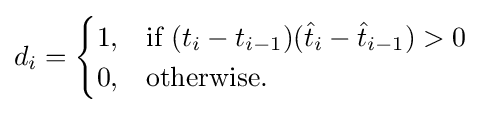
d_{i}={\begin{cases}1,&{\text{if }}(t_{i}-t_{i-1})({\hat {t}}_{i}-{\hat {t}}_{i-1})>0\\0,&{\text{otherwise}}.\end{cases}}